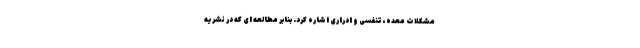
مشکلات معده، تنفسی و ادراری اشاره کرد. بنابر مطالعه ای که در نشریه